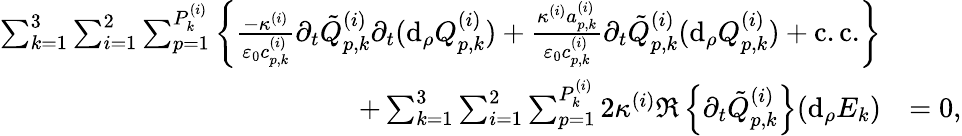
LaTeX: \begin{array}{rl}{\sum_{k=1}^{3}\sum_{i=1}^{2}\sum_{p=1}^{P_{k}^{(i)}}\left\{ \frac{-\kappa^{(i)}}{\varepsilon_{0}c_{p,k}^{(i)}}\partial_{t}\tilde{Q}_{p,k}^{(i)}\partial_{t}(\mathrm{d}_{\rho}Q_{p,k}^{(i)})+\frac{\kappa^{(i)}a_{p,k}^{(i)}}{\varepsilon_{0}c_{p,k}^{(i)}}\partial_{t}\tilde{Q}_{p,k}^{(i)}(\mathrm{d}_{\rho}Q_{p,k}^{(i)})+\mathrm{c.c.}\right\} }\\ {+\sum_{k=1}^{3}\sum_{i=1}^{2}\sum_{p=1}^{P_{k}^{(i)}}2\kappa^{(i)}\Re\left\{ \partial_{t}\tilde{Q}_{p,k}^{(i)}\right\} (\mathrm{d}_{\rho}E_{k})}&{=0,}\end{array}